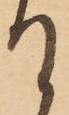
て